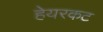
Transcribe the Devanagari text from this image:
हेयरकट